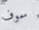
سوف